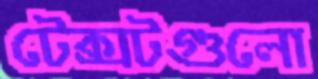
টেক্সটগুলো